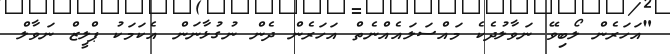
"އަހަރެން ލޯބިވޭ ނަވާލުދެކެ މައްސަލައެއްނެތް އަހަރެން ދެން ނުގުޅާނަން އެކަމަކު ޕްލީޒް ނަވާލް